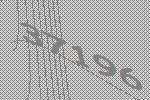
37196